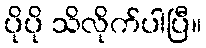
ပိုပို သိလိုက်ပါပြီ။